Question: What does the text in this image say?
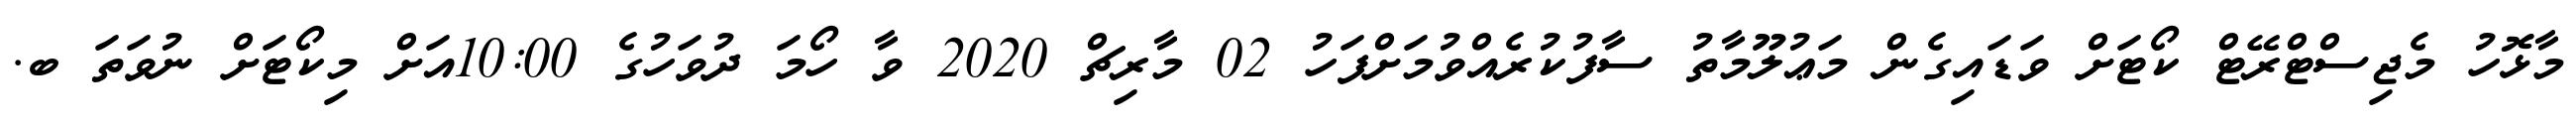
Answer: މާޅޮހު މެޖިސްޓްރޭޓް ކޯޓަށް ވަޑައިގެން މަޢުލޫމާތު ސާފުކުރެއްވުމަށްފަހު 02 މާރިޗް 2020 ވާ ހޯމަ ދުވަހުގެ 10:00އަށް މިކޯޓަށް ނުވަތަ ބ.